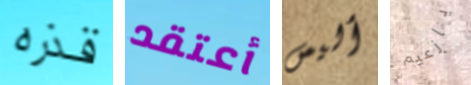
قذره أعتقد أليس يازعيم